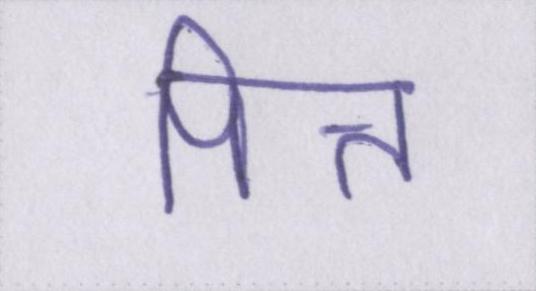
पित्त